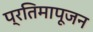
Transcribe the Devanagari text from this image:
प्रतिमापूजन